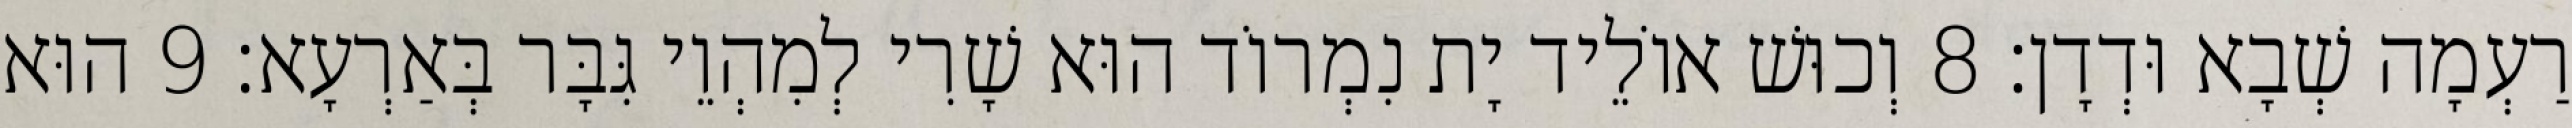
רַעְמָה שְׁבָא וּדְדָן׃ 8 וְכוּשׁ אוֹלֵיד יָת נִמְרוֹד הוּא שָׁרִי לְמִהְוֵי גִּבָּר בְּאַרְעָא׃ 9 הוּא